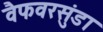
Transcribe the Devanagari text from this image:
वैफवरसुंडा